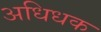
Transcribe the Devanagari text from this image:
अधिधक